Report on the working of the Ranchi Indian Mental Hospital, Kanke, in Bihar and Orissa - 1930-1940
Year: 1930
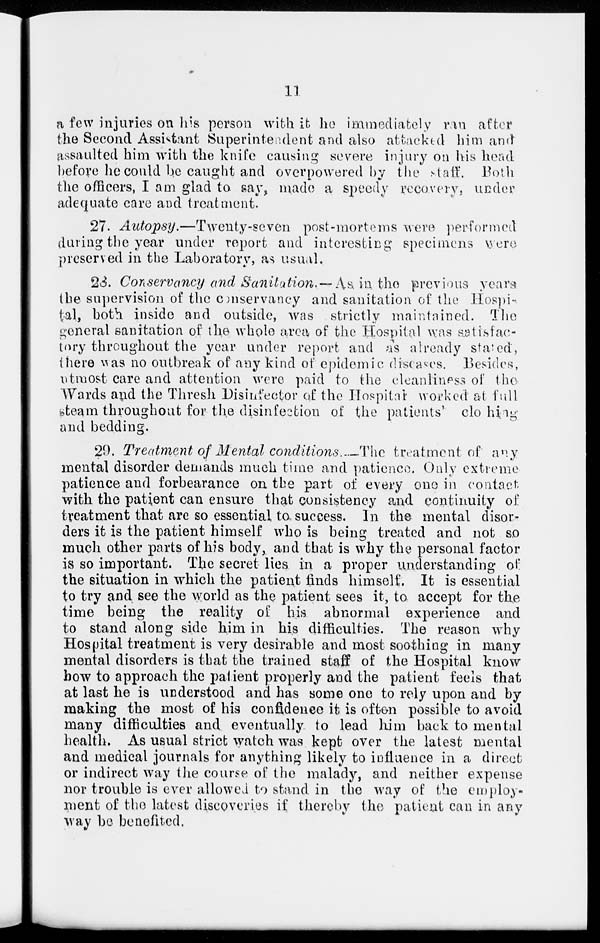
11
a few injuries on his person with it ho immediately ran after
the Second Assistant Superintendent and also attacked him and
assaulted him with the knife causing severe injury on his head
before he could be caught and overpowered by the staff. Both
the officers, I am glad to. say, made a speedy recovery, under
adequate care and treatment.
27. Autopsy.—Twenty-seven
post-mortems were performed
during the year under report and interesting specimens were
preserved in the Laboratory, as usual.
28. Conservancy and Sanitation. — As in the previous years
the supervision of the conservancy and sanitation of the Hospi-
tal, both inside and outside, was strictly maintained. The
general sanitation of the whole area of the Hospital was satisfac-
tory throughout the year under report and as already stated,
there was no outbreak of any kind of epidemic diseases. Besides,
utmost care and attention were paid to the cleanliness of the
Wards and the Thresh Disinfector of the Hospital worked at full
steam throughout for the disinfection of the patients' clothing
and bedding.
29. Treatment of Mental conditions. The treatment of any
mental disorder demands much time and patience. Only extreme
patience and forbearance on the part of every one in contact
with the patient can ensure that consistency and continuity of
treatment that are so essential to success. In the mental disor-
ders it is the patient himself who is being treated and not so
much other parts of his body, and that is why the personal factor
is so important. The secret lies in a proper understanding of
the situation in which the patient finds himself. It is essential
to try and see the world as the patient sees it, to accept for the
time being the reality of his abnormal experience and
to stand along side him in his difficulties. The reason why
Hospital treatment is very desirable and most soothing in many
mental disorders is that the trained staff of the Hospital know
bow to approach the patient properly and the patient feels that
at last he is understood and has some one to rely upon and by
making the most of his confidence it is often possible to avoid
many difficulties and eventually to lead him back to mental
health. As usual strict watch was kept over the latest mental
and medical journals for anything likely to influence in a direct
or indirect way the course of the malady, and neither expense
nor trouble is ever allowed to stand in the way of the employ-
ment of the latest discoveries if thereby the patient can in any
way be benefited.